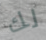
لك